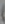
)